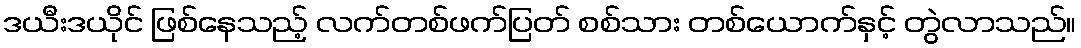
ဒယီးဒယိုင် ဖြစ်နေသည့် လက်တစ်ဖက်ပြတ် စစ်သား တစ်ယောက်နှင့် တွဲလာသည်။